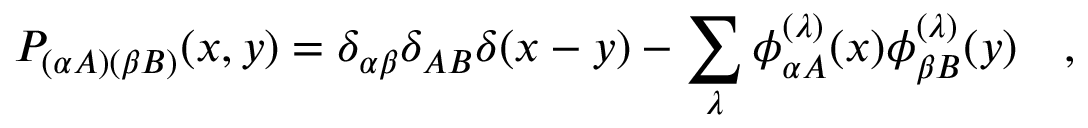
P _ { ( \alpha A ) ( \beta B ) } ( x , y ) = \delta _ { \alpha \beta } \delta _ { A B } \delta ( x - y ) - \sum _ { \lambda } \phi _ { \alpha A } ^ { ( \lambda ) } ( x ) \phi _ { \beta B } ^ { ( \lambda ) } ( y ) \quad ,